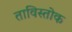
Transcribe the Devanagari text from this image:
ताविस्तोक